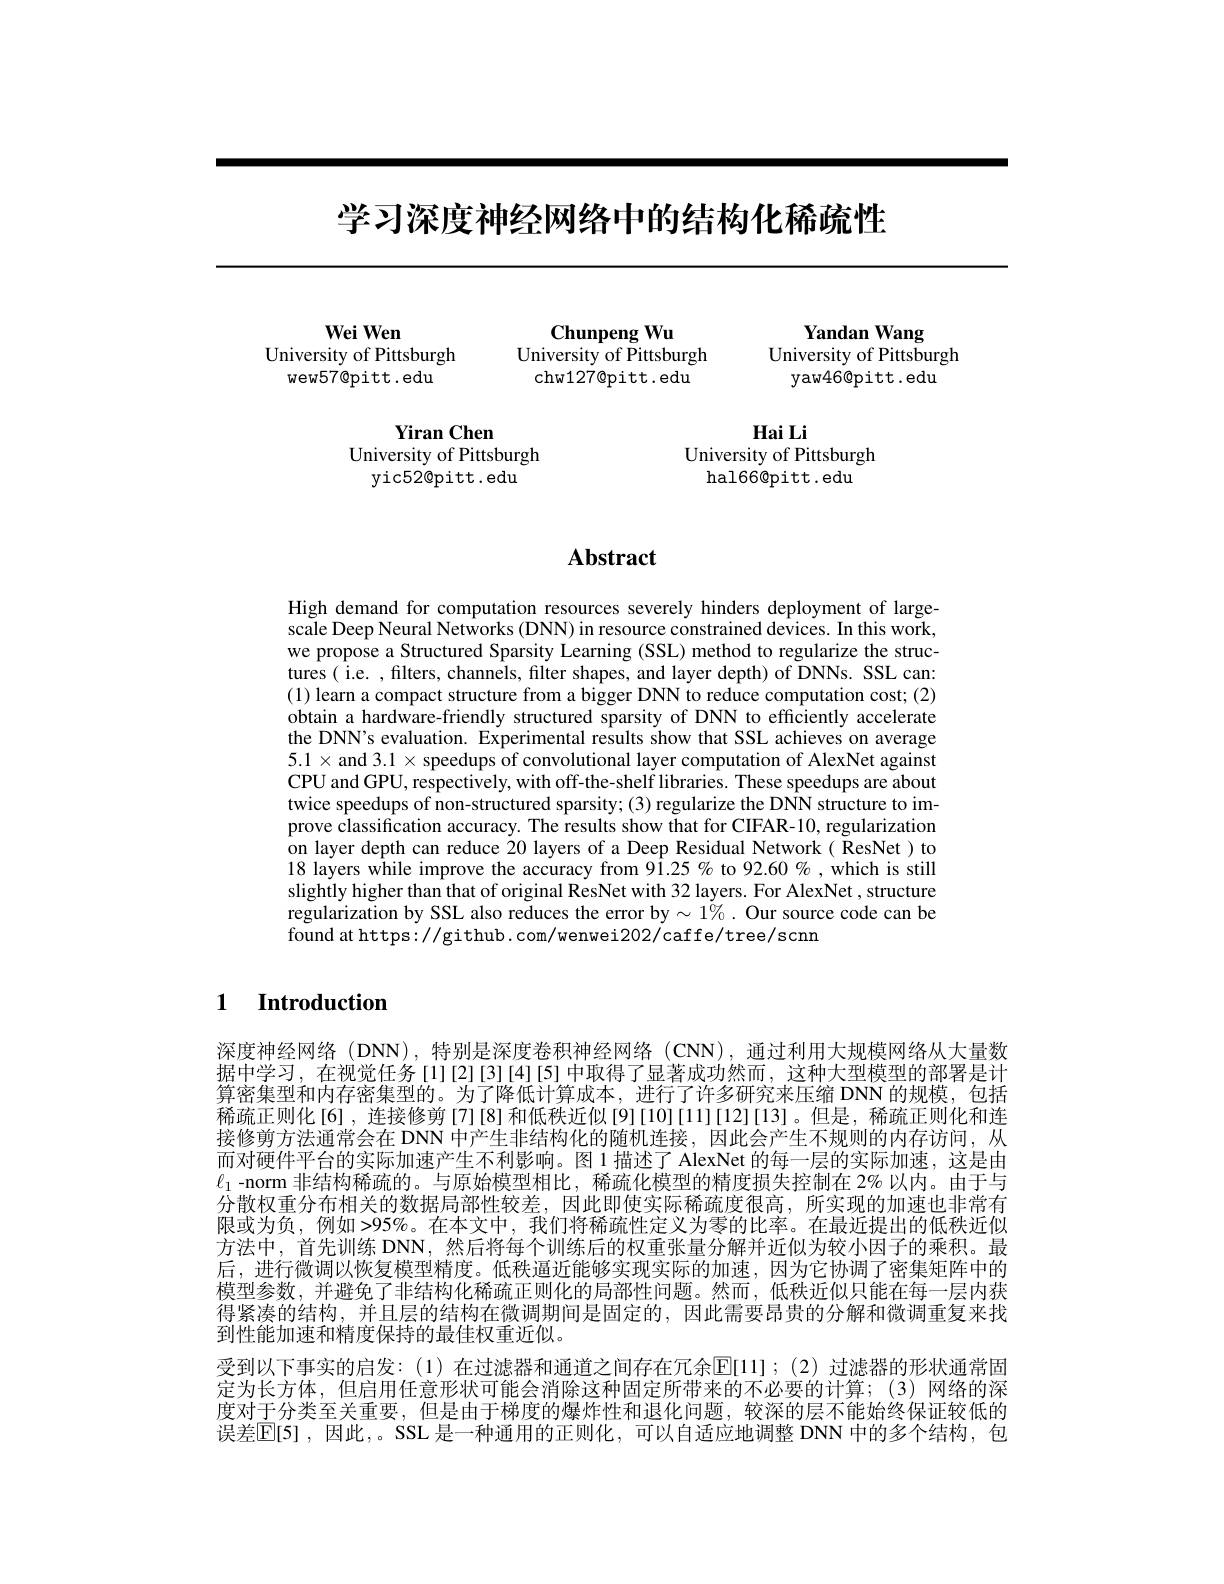
# 学习深度神经网络中的结构化稀疏性

$\mathbf{Wei}\mathbf{Wen}$
University of Pittsburgh
wew57@pitt.edu

Yandan Wang
University of Pittsburgh
yaw46@pitt.edu

$\mathbf{ChunpengWu}$
University of Pittsburgh
chw127@pitt.edu

Hai Li
University of Pittsburgh
hal66@pitt.edu

Yiran Chen
University of Pittsburgh
yic52@pitt.edu

## $\mathbf{Abstract}$

High demand for computation resources severely hinders deployment of largescale Deep Neural Networks (DNN) in resource constrained devices. In this work, we propose a Structured Sparsity Learning (SSL) method to regularize the structures( i.e. , filters, channels, filter shapes, and layer depth) of DNNs. SSL can: (1) learn a compact structure from a bigger DNN to reduce computation cost; (2) obtain a hardware-friendly structured sparsity of DNN to efficiently accelerate the DNN's evaluation. Experimental results show that SSL achieves on average $5.1\times$ and 3.1$\times$ speedups of convolutional layer computation of AlexNet against CPU and GPU, respectively, with off-the-shelf libraries. These speedups are about twice speedups of non-structured sparsity; (3) regularize the DNN structure to improve classification accuracy. The results show that for CIFAR-10, regularization on layer depth can reduce 20 layers of a Deep Residual Network( ResNet ) to 18 layers while improve the accuracy from 91.25 % to 92.60%,which is still slightly higher than that of original ResNet with 32 layers. For AlexNet , structure regularization by SSL also reduces the error by $\sim1\%.$ Our source code can be found at https://github. com/wenwei202/caffe/tree/scnn

## 1 Introduction

深度神经网络 (DNN),特别是深度卷积神经网络 (CNN),通过利用大规模网络从大量数据中学习，在视觉任务[1][2][3][4][5]中取得了显著成功然而，这种大型模型的部署是计算密集型和内存密集型的。为了降低计算成本，进行了许多研究来压缩 DNN 的规模，包括稀疏正则化[6],连接修剪[7][8]和低秩近似[9][10][11][12][13]。但是，稀疏正则化和连接修剪方法通常会在 DNN 中产生非结构化的随机连接，因此会产生不规则的内存访问，从而对硬件平台的实际加速产生不利影响。图 1 描述了 AlexNet 的每一层的实际加速，这是由$\ell_1$ -norm 非结构稀疏的。与原始模型相比，稀疏化模型的精度损失控制在 2% 以内。由于与分散权重分布相关的数据局部性较差，因此即使实际稀疏度很高，所实现的加速也非常有限或为负，例如>95%。在本文中，我们将稀疏性定义为零的比率。在最近提出的低秩近似方法中，首先训练 DNN, 然后将每个训练后的权重张量分解并近似为较小因子的乘积。最后，进行微调以恢复模型精度。低秩逼近能够实现实际的加速，因为它协调了密集矩阵中的模型参数，并避免了非结构化稀疏正则化的局部性问题。然而，低秩近似只能在每一层内获得紧凑的结构，并且层的结构在微调期间是固定的，因此需要昂贵的分解和微调重复来找到性能加速和精度保持的最佳权重近似。
受到以下事实的启发：(1)在过滤器和通道之间存在冗余$\overline{\mathrm{E}}[11];(2)$ 过滤器的形状通常固定为长方体，但启用任意形状可能会消除这种固定所带来的不必要的计算；(3)网络的深度对于分类至关重要，但是由于梯度的爆炸性和退化问题，较深的层不能始终保证较低的误差$\mathbb{E}[5]$ ,因此，。SSL 是一种通用的正则化，可以自适应地调整 DNN 中的多个结构，包